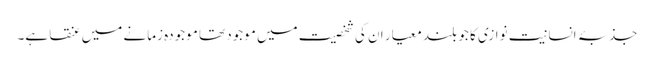
جذبۂ انسانیت نوازی کا جو بلند معیار ان کی شخصیت میں موجود تھا موجودہ زمانے میں عنقا ہے۔